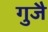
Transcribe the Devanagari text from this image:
गुजै